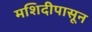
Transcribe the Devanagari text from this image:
मशिदीपासून